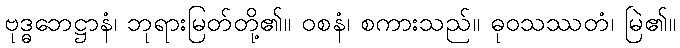
ဗုဒ္ဓဘေဋ္ဌာနံ၊ ဘုရားမြတ်တို့၏။ ဝစနံ၊ စကားသည်။ ဓုဝသဿတံ၊ မြဲ၏။